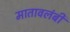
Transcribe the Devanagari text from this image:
मातावलंबी